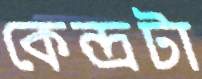
কেন্দ্রটা